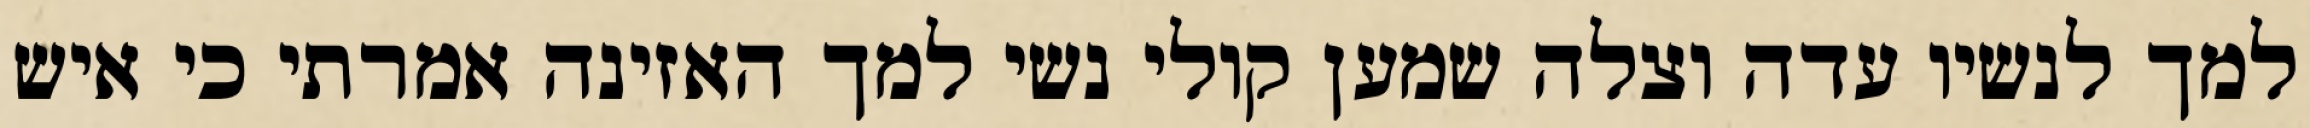
למך לנשיו עדה וצלה שמען קולי נשי למך האזינה אמרתי כי איש